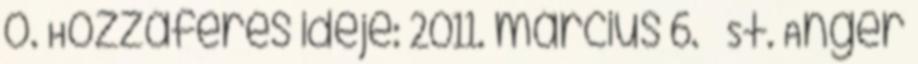
o. Hozzáférés ideje: 2011. március 6. ↑ St. Anger